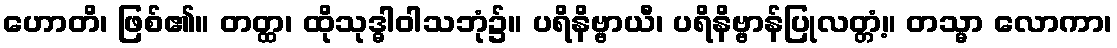
ဟောတိ၊ ဖြစ်၏။ တတ္ထ၊ ထိုသုဒ္ဓါဝါသဘုံ၌။ ပရိနိဗ္ဗာယီ၊ ပရိနိဗ္ဗာန်ပြုလတ္တံ့။ တသ္မာ လောကာ၊